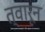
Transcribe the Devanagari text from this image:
त्वारून